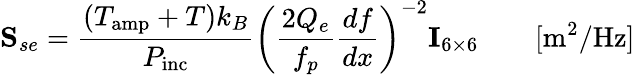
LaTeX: {\mathbf S}_{se}=\frac{(T_{\mathrm{amp}}+T)k_{B}}{P_{\mathrm{inc}}}\left(\frac{2Q_{e}}{f_{p}}\frac{df}{dx}\right)^{-2}{\mathbf I}_{6\times 6}\qquad[\mathrm{m^{2}/Hz}]